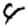
Digit: 4